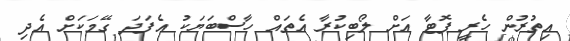
އިތުރުން ހެރީ ޕޮޓާ އަށް ލޯބިކުރާ އެތައް ހާސްބަޔަކު އެފަދަ ގޭމަކަށް އެދި